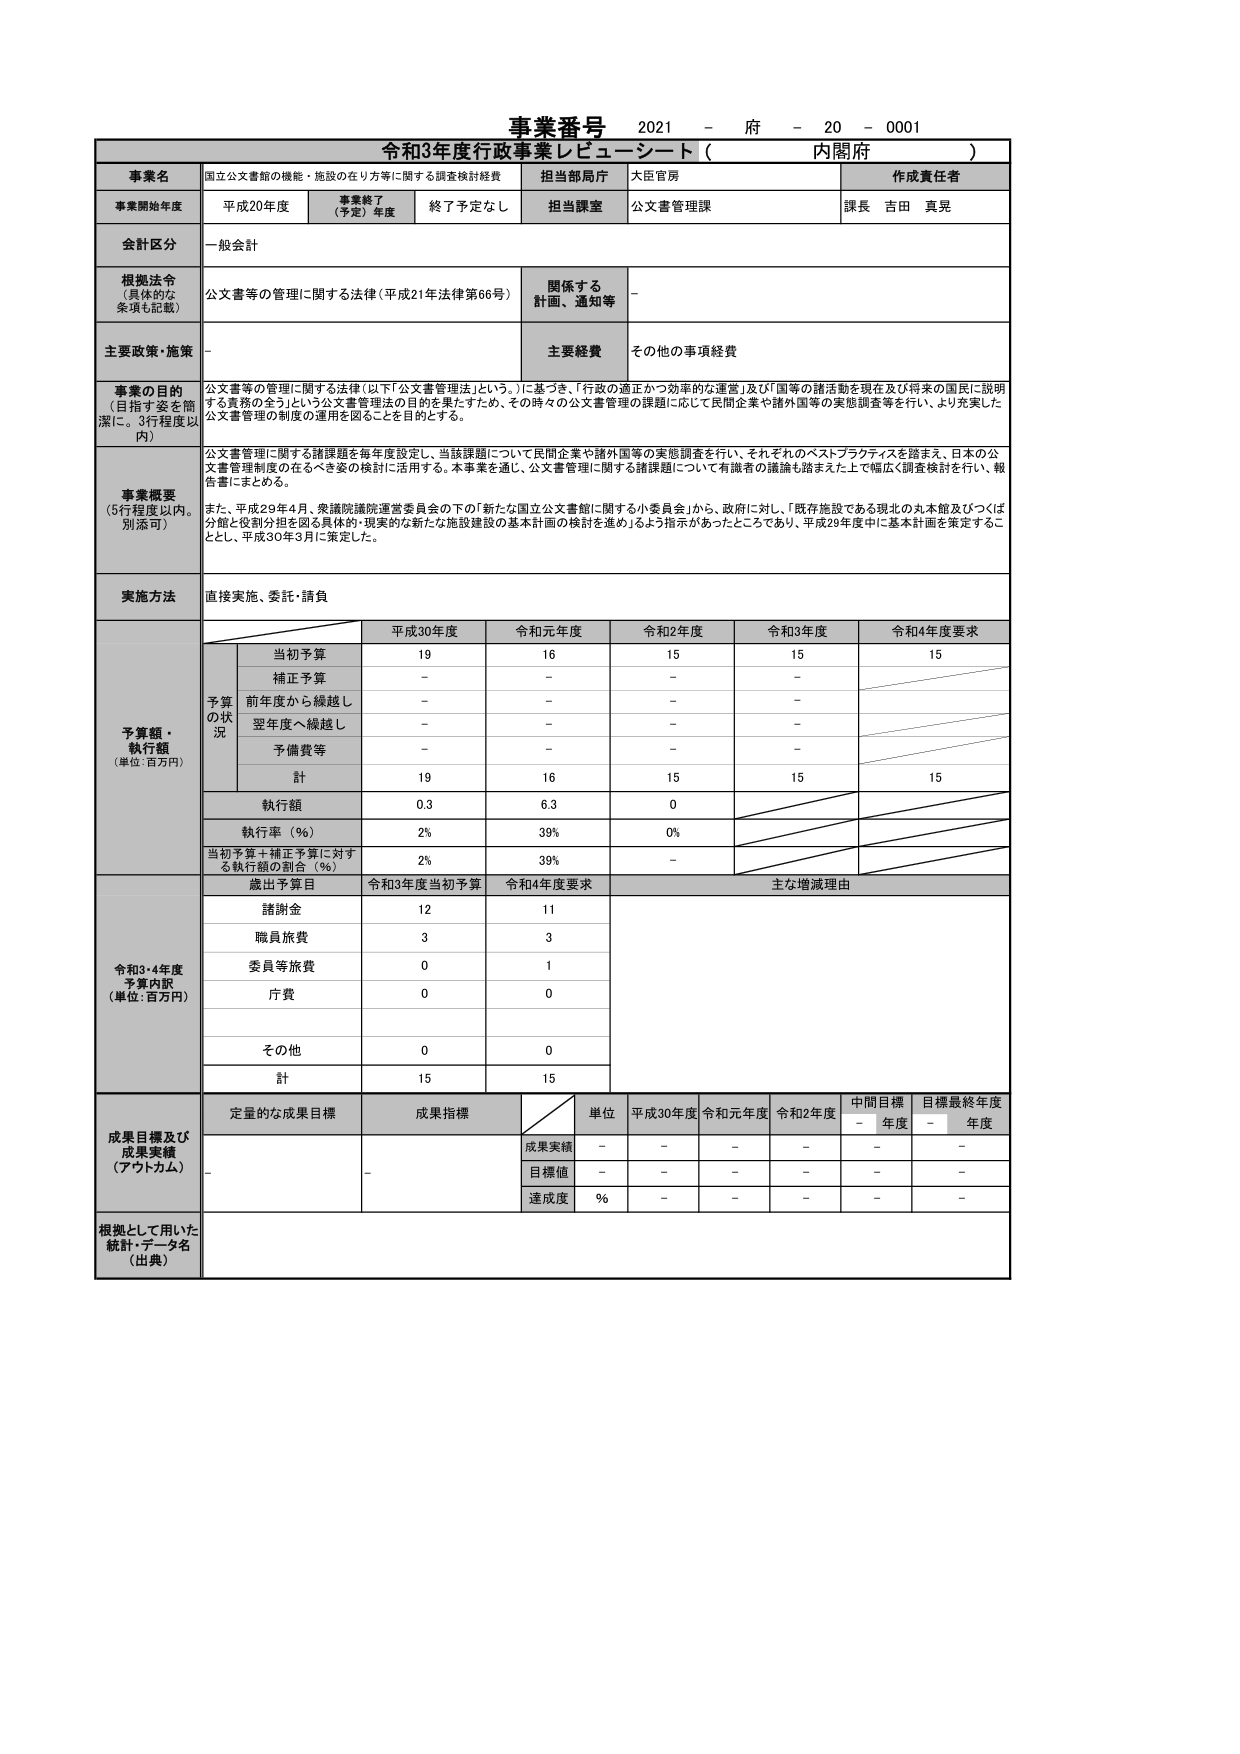
事業番号 2021 - 府 - 20 - 0001
令和3年度行政事業レピューシート（ 内閣府 ）

事業名 国立公文書館の機能・施設の在り方等に関する調査検討経費
担当部局庁 大臣官房
作成責任者 課長 吉田 真晃

事業開始年度 平成20年度
事業終了（予定）年度 終了予定なし
担当課室 公文書管理課

金計区分 一般会計

根拠法令（具体的な条項も記載） 公文書等の管理に関する法律（平成21年法律第66号）
関係する計画、通知等 －

主要政策・施策 －
主要経費 その他の事項経費

事業の目的（目指す姿を簡潔に。3行程度以内）
公文書等の管理に関する法律（以下「公文書管理法」という。）に基づき、「行政の適正かつ効率的な運営」及び「国等の諸活動を現在及び将来の国民に説明する責務の全う」という公文書管理法の目的を果たすため、その時々の公文書管理の課題に応じて民間企業や諸外国等の実態調査等を行い、より充実した公文書管理の制度の運用を図ることを目的とする。

事業概要（5行程度以内。別添可）
公文書管理に関する諸課題を毎年度設定し、当該課題について民間企業や諸外国等の実態調査を行い、それぞれのベストプラクティスを踏まえ、日本の公文書管理制度の在るべき姿の検討に活用する。本事業を通じ、公文書管理に関する諸課題について有識者の議論も踏まえた上で幅広く調査検討を行い、報告書にまとめる。
また、平成29年4月、衆議院議院運営委員会の下の「新たな国立公文書館に関する小委員会」から、政府に対し、「既存施設である現北の丸館及びつくば分館と役割分担を図る具体的・現実的な新たな施設建設の基本計画の検討を進め」るよう指示があったところであり、平成29年度中に基本計画を策定することとし、平成30年3月に策定した。

実施方法 直接実施、委託・請負

予算額・執行額（単位：百万円）
平成30年度 令和元年度 令和2年度 令和3年度 令和4年度要求
当初予算 19 16 15 15 15
補正予算 － － － －
前年度から繰越し － － － －
翌年度へ繰越し － － － －
予備費等 － － － －
計 19 16 15 15 15
執行額 0.3 6.3 0
執行率（％） 2% 39% 0%
当初予算＋補正予算に対する執行額の割合（％） 2% 39% －

歳出予算目 令和3年度当初予算 令和4年度要求 主な増減理由
諸謝金 12 11
職員旅費 3 3
委員等旅費 0 1
庁費 0 0
その他 0 0
計 15 15

成果目標及び成果実績（アウトカム）
定量的な成果目標 成果指標 単位 平成30年度 令和元年度 令和2年度 中間目標－年度 目標最終年度－年度
成果実績 － － － － － －
目標値 － － － － － －
達成度 ％ － － － － －

根拠として用いた統計・データ名（出典） －